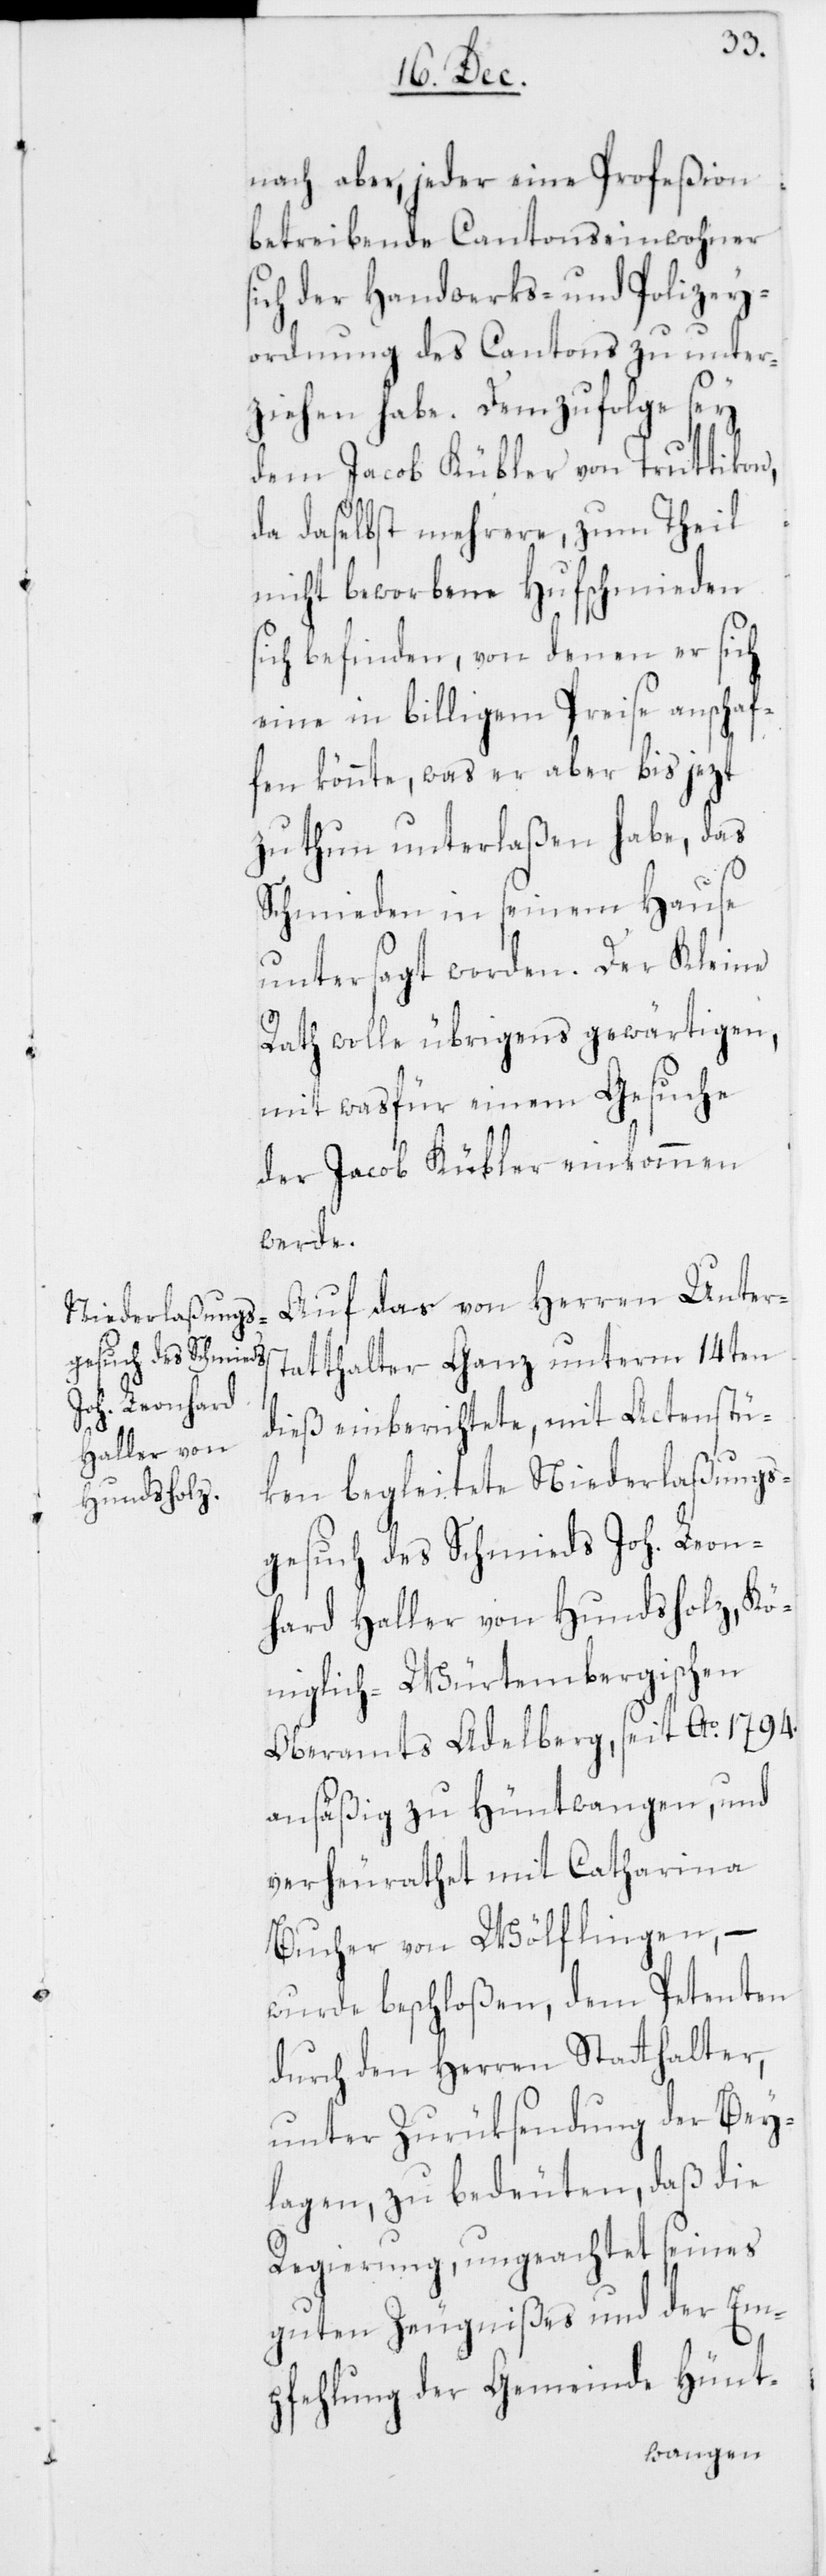
s¬

nach aber, jeder eine Profeßion
betreibende Cantonseinwohner
ich der Handwerks- und Polizey¬
ordnung des Cantons zu unter¬
ziehen habe. Demzufolge sey
dem Jacob Kübler von Truttikon,
da daselbst mehrere, zum Theil
nicht beworbene Hufschmieden
sich befinden, von denen er sich
eine in billigem Preise anschaf¬
fen könnte, was er aber bis jezt
zu thun unterlaßen habe, das
Schmieden in seinem Hause
untersagt worden. Der Kleine
Rath wolle übrigens gewärtigen,
mit wasfür einem Gesuche
der Jacob Kübler einkommen
werde.
Auf das von Herren Unters¬
tatthalter Ganz unterm 14ten
dieß einberichtete, mit Actenstü¬
ken begleitete Niederlaßungs¬
gesuch des Schmieds Joh. Leon¬
hard Haller von Hundsholz, Kö¬
niglich-Würtembergischen
Oberamts Adelberg, seit Ao. 1794.
ansäßig zu Hüntwangen, und
verheurathet mit Catharina
Bucher von Wülflingen, –
wurde beschloßen, dem Petenten
durch den Herren Statthalter,
unter Zurüksendung der Bey¬
lagen, zu bedeuten, daß die
Regierung, ungeachtet seines
guten Zeugnißes und der Em¬
pfehlung der Gemeinde Hünt-